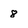
Character: 8